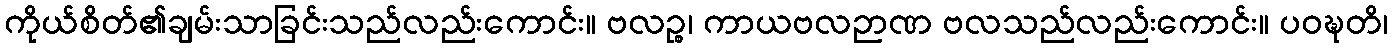
ကိုယ်စိတ်၏ချမ်းသာခြင်းသည်လည်းကောင်း။ ဗလဉ္စ၊ ကာယဗလဉာဏ ဗလသည်လည်းကောင်း။ ပဝဍ္ဎတိ၊